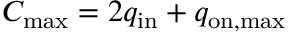
C _ { \mathrm { m a x } } = 2 q _ { \mathrm { i n } } + q _ { \mathrm { o n , m a x } }